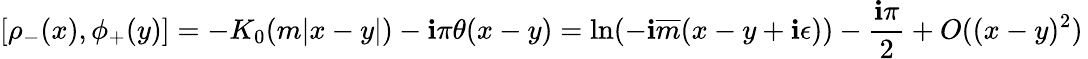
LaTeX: [\rho_{-}(x),\phi_{+}(y)]=-K_{0}(m|x-y|)-\mathbf{i}\pi\theta(x-y)=\ln(-\mathbf{i}\overline{{{{m}}}}(x-y+\mathbf{i}\epsilon))-\frac{{\mathbf{i}\pi}}{{2}}+O((x-y)^{2})\,